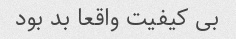
بی کیفیت واقعا بد بود